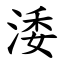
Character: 涹